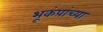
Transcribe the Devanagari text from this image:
भूकंपांच्या